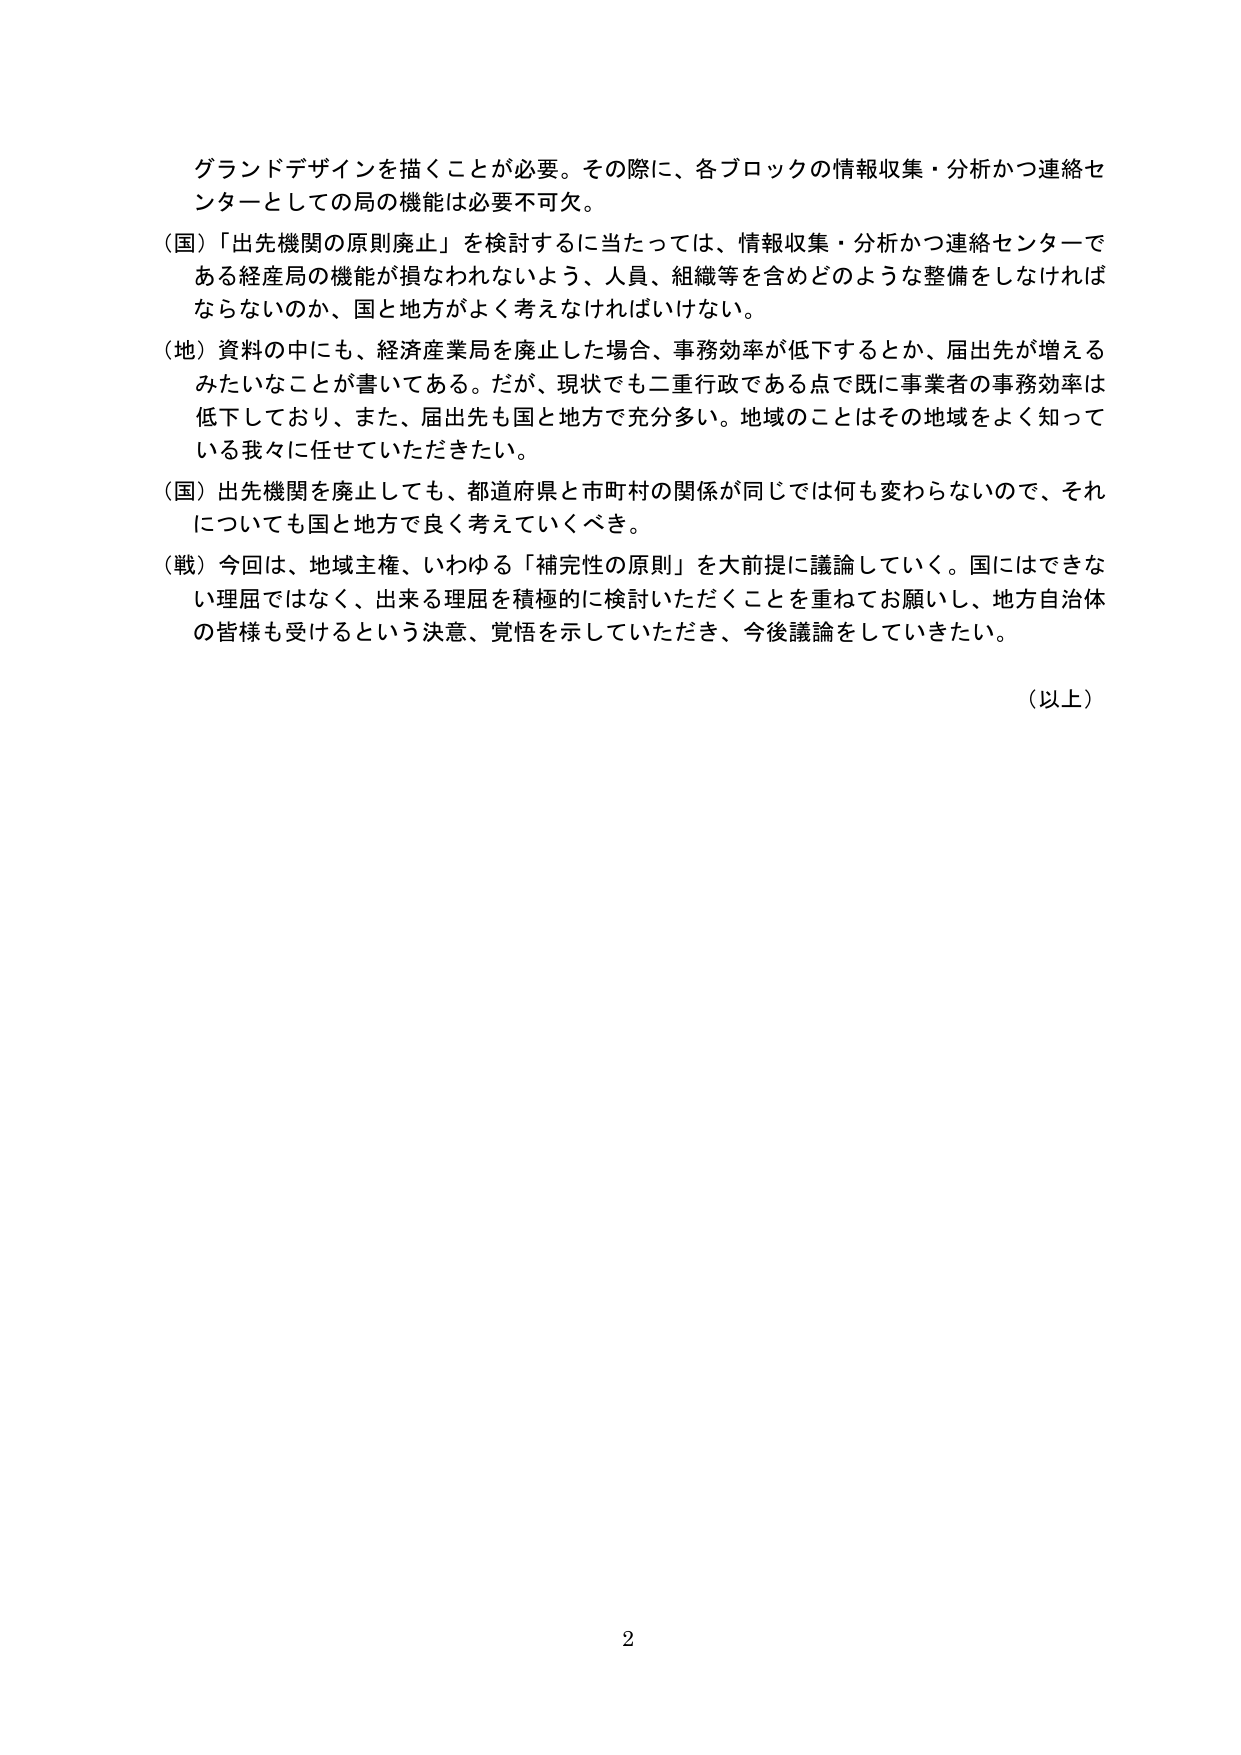
グランドデザインを描くことが必要。その際に、各ブロックの情報収集・分析かつ連絡センターとしての局の機能は必要不可欠。

（国）「出先機関の原則廃止」を検討するに当たっては、情報収集・分析かつ連絡センターである経産局の機能が損なわれないよう、人員、組織等を含めどのような整備をしなければならないのか、国と地方がよく考えなければいけない。

（地）資料の中にも、経済産業局を廃止した場合、事務効率が低下するとか、届出先が増えるみたいなことが書いてある。だが、現状でも二重行政である点で既に事業者の事務効率は低下しており、また、届出先も国と地方で充分多い。地域のことはその地域をよく知っている我々に任せていただきたい。

（国）出先機関を廃止しても、都道府県と市町村の関係が同じでは何も変わらないので、それについても国と地方で良く考えていくべき。

（戦）今回は、地域主権、いわゆる「補完性の原則」を大前提に議論していく。国にはできない理屈ではなく、出来る理屈を積極的に検討いただくことを重ねてお願いし、地方自治体の皆様も受けるという決意、覚悟を示していただき、今後議論をしていきたい。

（以上）

2